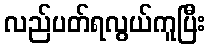
လည်ပတ်ရလွယ်ကူပြီး